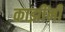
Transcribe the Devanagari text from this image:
काझींनी